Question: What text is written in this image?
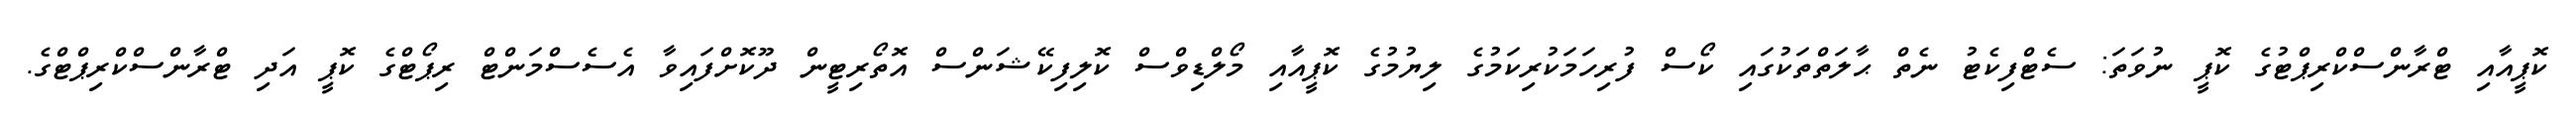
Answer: ކޮޕީއާއި ޓްރާންސްކްރިޕްޓުގެ ކޮޕީ ނުވަތަ: ސެޓްފިކެޓު ނެތް ޙާލަތްތަކުގައި ކޯސް ފުރިހަމަކުރިކަމުގެ ލިޔުމުގެ ކޮޕީއާއި މޯލްޑިވްސް ކޮލިފިކޭޝަންސް އޮތޯރިޓީން ދޫކޮށްފައިވާ އެސެސްމަންޓް ރިޕޯޓްގެ ކޮޕީ އަދި ޓްރާންސްކްރިޕްޓްގެ.